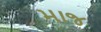
માજ